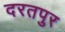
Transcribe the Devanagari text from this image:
दरतपुर